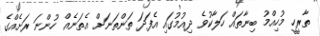
ތާރީހީ މުހިއްމު ބިނާތައް ހަލާކުވެ ދިއުމުގައި އެފަދަ ތަންތަނަށް އެތަނެއް ހުންނަ ރަށެއްގެ